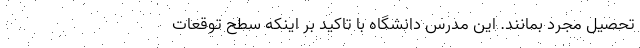
تحصیل مجرد بمانند. این مدرس دانشگاه با تاکید بر اینکه سطح توقعات